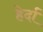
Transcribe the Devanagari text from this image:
हेर्दा